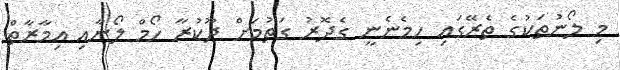
މި ލޯނުތަކުގެ ތެރޭގައި ހިމެނެނީ ގެދޮރު ގަތުމަށް ދޫކުރާ ހޯމް ލޯނާއި އިމާރާތް